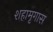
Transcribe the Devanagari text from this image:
शहामृगास